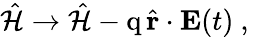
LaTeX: \hat{\mathcal{H}}\to\hat{\mathcal{H}}-\mathrm{q}\, \hat{\textbf{r}}\cdot\textbf{E}(t)\mathrm{~,~}